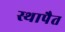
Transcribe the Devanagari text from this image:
स्थापैत